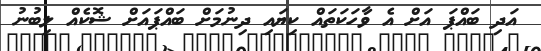
އަދި ބައްޕަ އަށް އެ ވާހަކަތައް ކިޔައި ދިނުމަށް ބައްޕައަށް ޝޮކެއް ލިބުނު